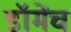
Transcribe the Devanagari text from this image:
डॉमेंच